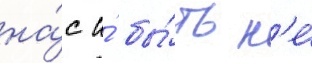
на́с и́ бы́ть н'е́